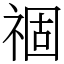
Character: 祻